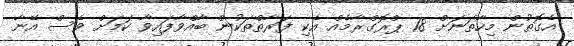
އެގޮތުން މިހާތަނަށް 18 ޕްރޮގްރާމެއް އެކި ފަރާތްތަކުން ބާއްވާފައިވާ ކަމަށް ވެސް އޭނާ